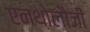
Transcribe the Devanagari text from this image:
एनथोलौजी